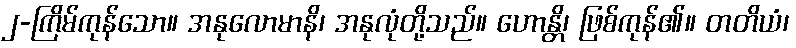
၂-ကြိမ်ကုန်သော။ အနုလောမာနိ၊ အနုလုံတို့သည်။ ဟောန္တိ၊ ဖြစ်ကုန်၏။ တတိယံ၊